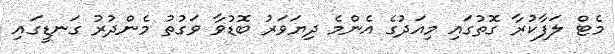
މެޓް ލަފާކުރާ ގޮތުގައި މިއަދުގެ އެންމެ ދިޔަވަރު ބޮޑުވާ ވަގުތު މެންދުރު ގަނޑީގައި